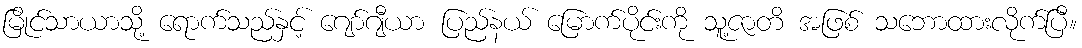
မြိုင်သာယာသို့ ရောက်သည်နှင့် ဂျော်ဂျီယာ ပြည်နယ် မြောက်ပိုင်းကို သူ့ဇာတိ အဖြစ် သဘောထားလိုက်ပြီ။